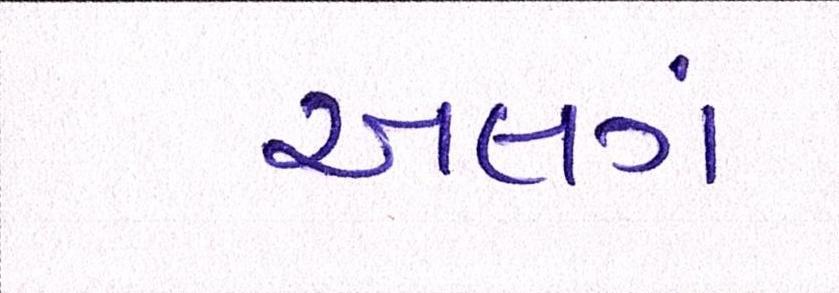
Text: અલગં